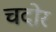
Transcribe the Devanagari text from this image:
चदोर